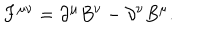
F ^ { \mu \nu } = \partial ^ { \mu } B ^ { \nu } - \partial ^ { \nu } B ^ { \mu } .